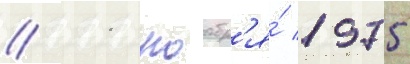
// 11 ноабр'я́ 1975